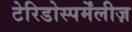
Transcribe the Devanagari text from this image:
टेरिडोस्पर्मेंलीज़